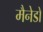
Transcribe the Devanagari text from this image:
मैनेडो